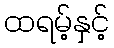
ထရမ့်နှင့်